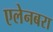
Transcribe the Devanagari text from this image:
एलेनबरा